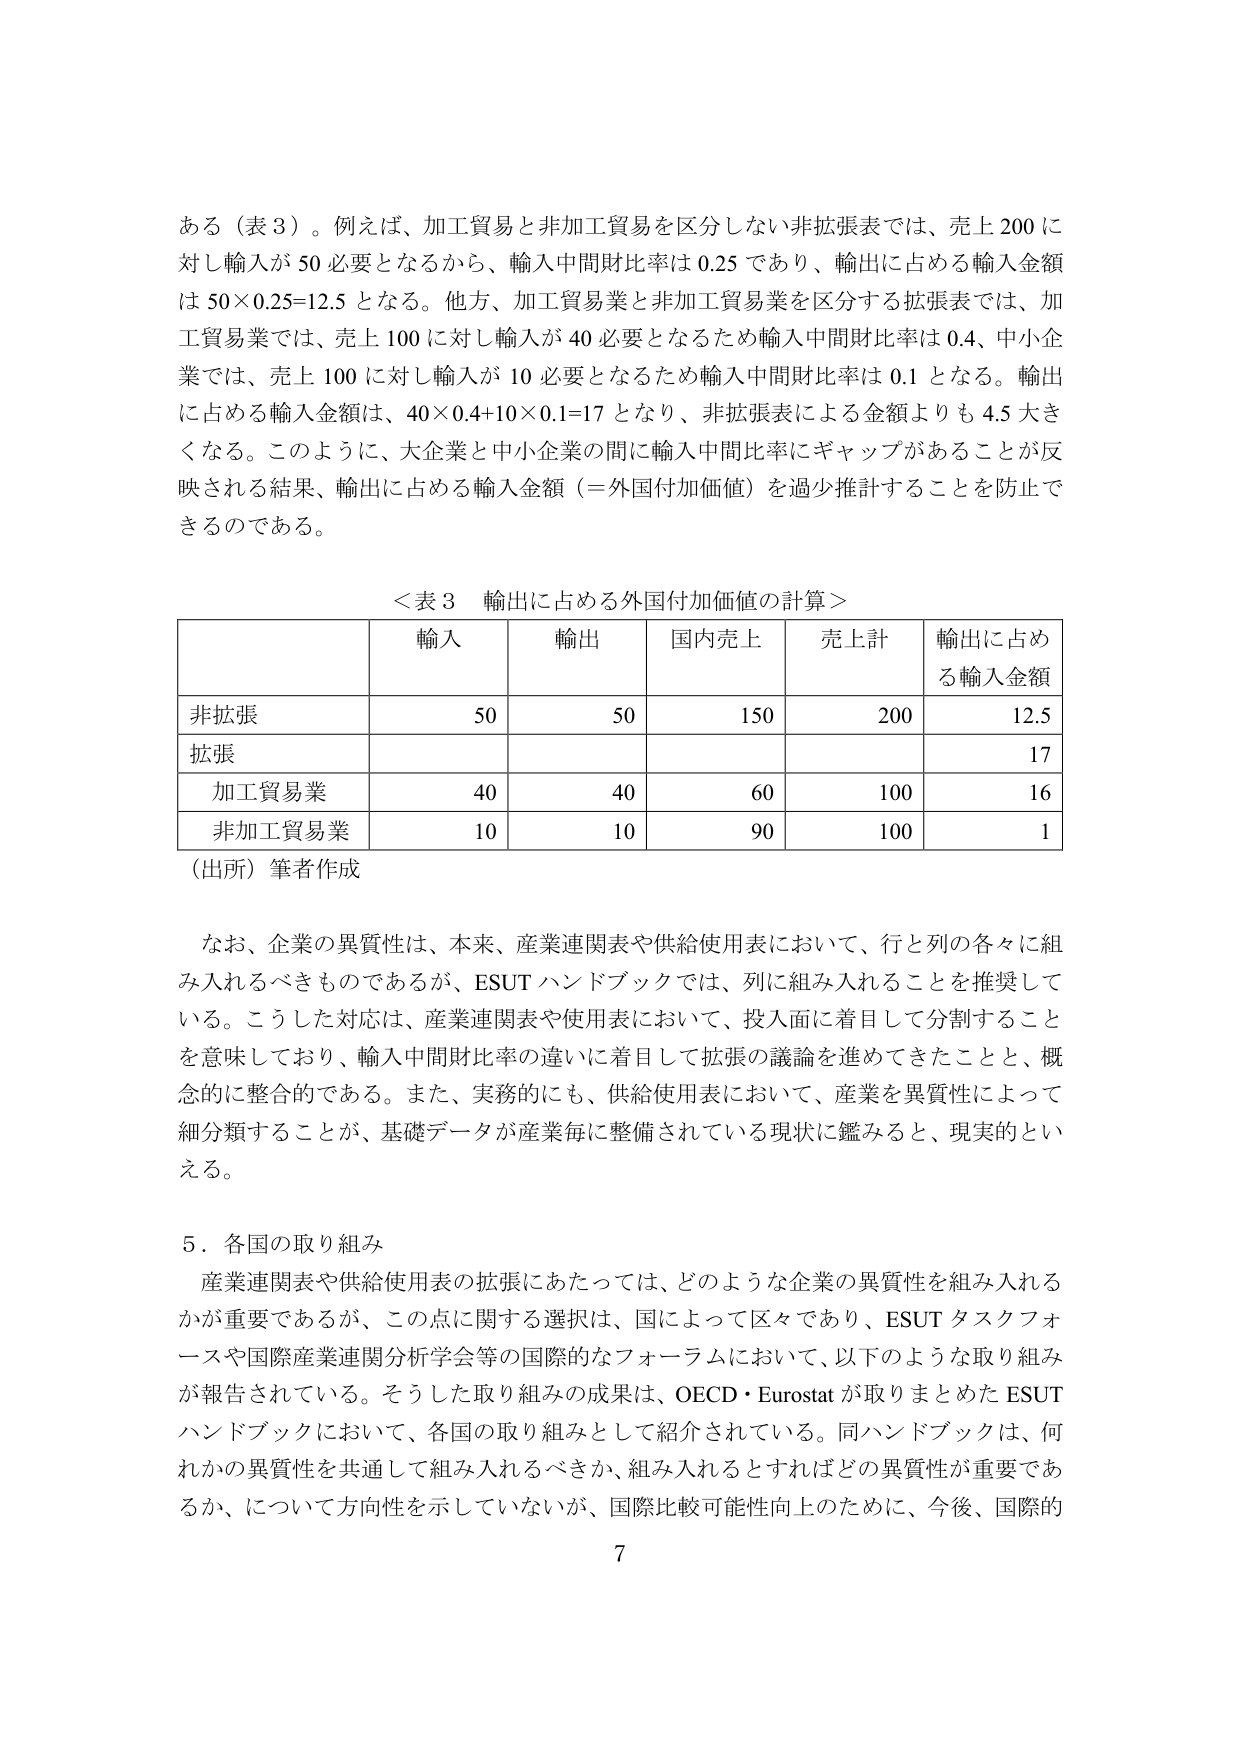
ある（表３）。例えば、加工貿易と非加工貿易を区分しない非拡張表では、売上200に対し輸入が50必要となるから、輸入中間財比率は0.25であり、輸出に占める輸入金額は50×0.25=12.5となる。他方、加工貿易業と非加工貿易業を区分する拡張表では、加工貿易業では、売上100に対し輸入が40必要となるため輸入中間財比率は0.4、中小企業では、売上100に対し輸入が10必要となるため輸入中間財比率は0.1となる。輸出に占める輸入金額は、40×0.4+10×0.1=17となり、非拡張表による金額よりも4.5大きくなる。このように、大企業と中小企業の間に輸入中間比率にギャップがあることが反映される結果、輸出に占める輸入金額（＝外国付加価値）を過少推計することを防止できるのである。

＜表３ 輸出に占める外国付加価値の計算＞
| | 輸入 | 輸出 | 国内売上 | 売上計 | 輸出に占める輸入金額 |
|---|---|---|---|---|---|
| 非拡張 | 50 | 50 | 150 | 200 | 12.5 |
| 拡張 | | | | | 17 |
| 加工貿易業 | 40 | 40 | 60 | 100 | 16 |
| 非加工貿易業 | 10 | 10 | 90 | 100 | 1 |

（出所）筆者作成

なお、企業の異質性は、本来、産業連関表や供給使用表において、行と列の各々に組み入れるべきものであるが、ESUTハンドブックでは、列に組み入れることを推奨している。こうした対応は、産業連関表や使用表において、投入面に着目して分割することを意味しており、輸入中間財比率の違いに着目して拡張の議論を進めてきたことと、概念的に整合的である。また、実務的にも、供給使用表において、産業を異質性によって細分類することが、基礎データが産業毎に整備されている現状に鑑みると、現実的といえる。

５．各国の取り組み
産業連関表や供給使用表の拡張にあたっては、どのような企業の異質性を組み入れるかが重要であるが、この点に関する選択は、国によって区々であり、ESUTタスクフォースや国際産業連関分析学会等の国際的なフォーラムにおいて、以下のような取り組みが報告されている。そうした取り組みの成果は、OECD・Eurostatが取りまとめたESUTハンドブックにおいて、各国の取り組みとして紹介されている。同ハンドブックは、何れかの異質性を共通して組み入れるべきか、組み入れるとすればどの異質性が重要であるか、について方向性を示していないが、国際比較可能性向上のために、今後、国際的

7